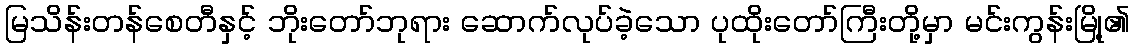
မြသိန်းတန်စေတီနှင့် ဘိုးတော်ဘုရား ဆောက်လုပ်ခဲ့သော ပုထိုးတော်ကြီးတို့မှာ မင်းကွန်းမြို့၏